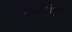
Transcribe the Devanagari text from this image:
पत्रकारांकडून